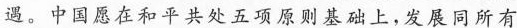
遇。中国愿在和平共处五项原则基础上，发展同所有